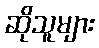
ဆိုသူများ